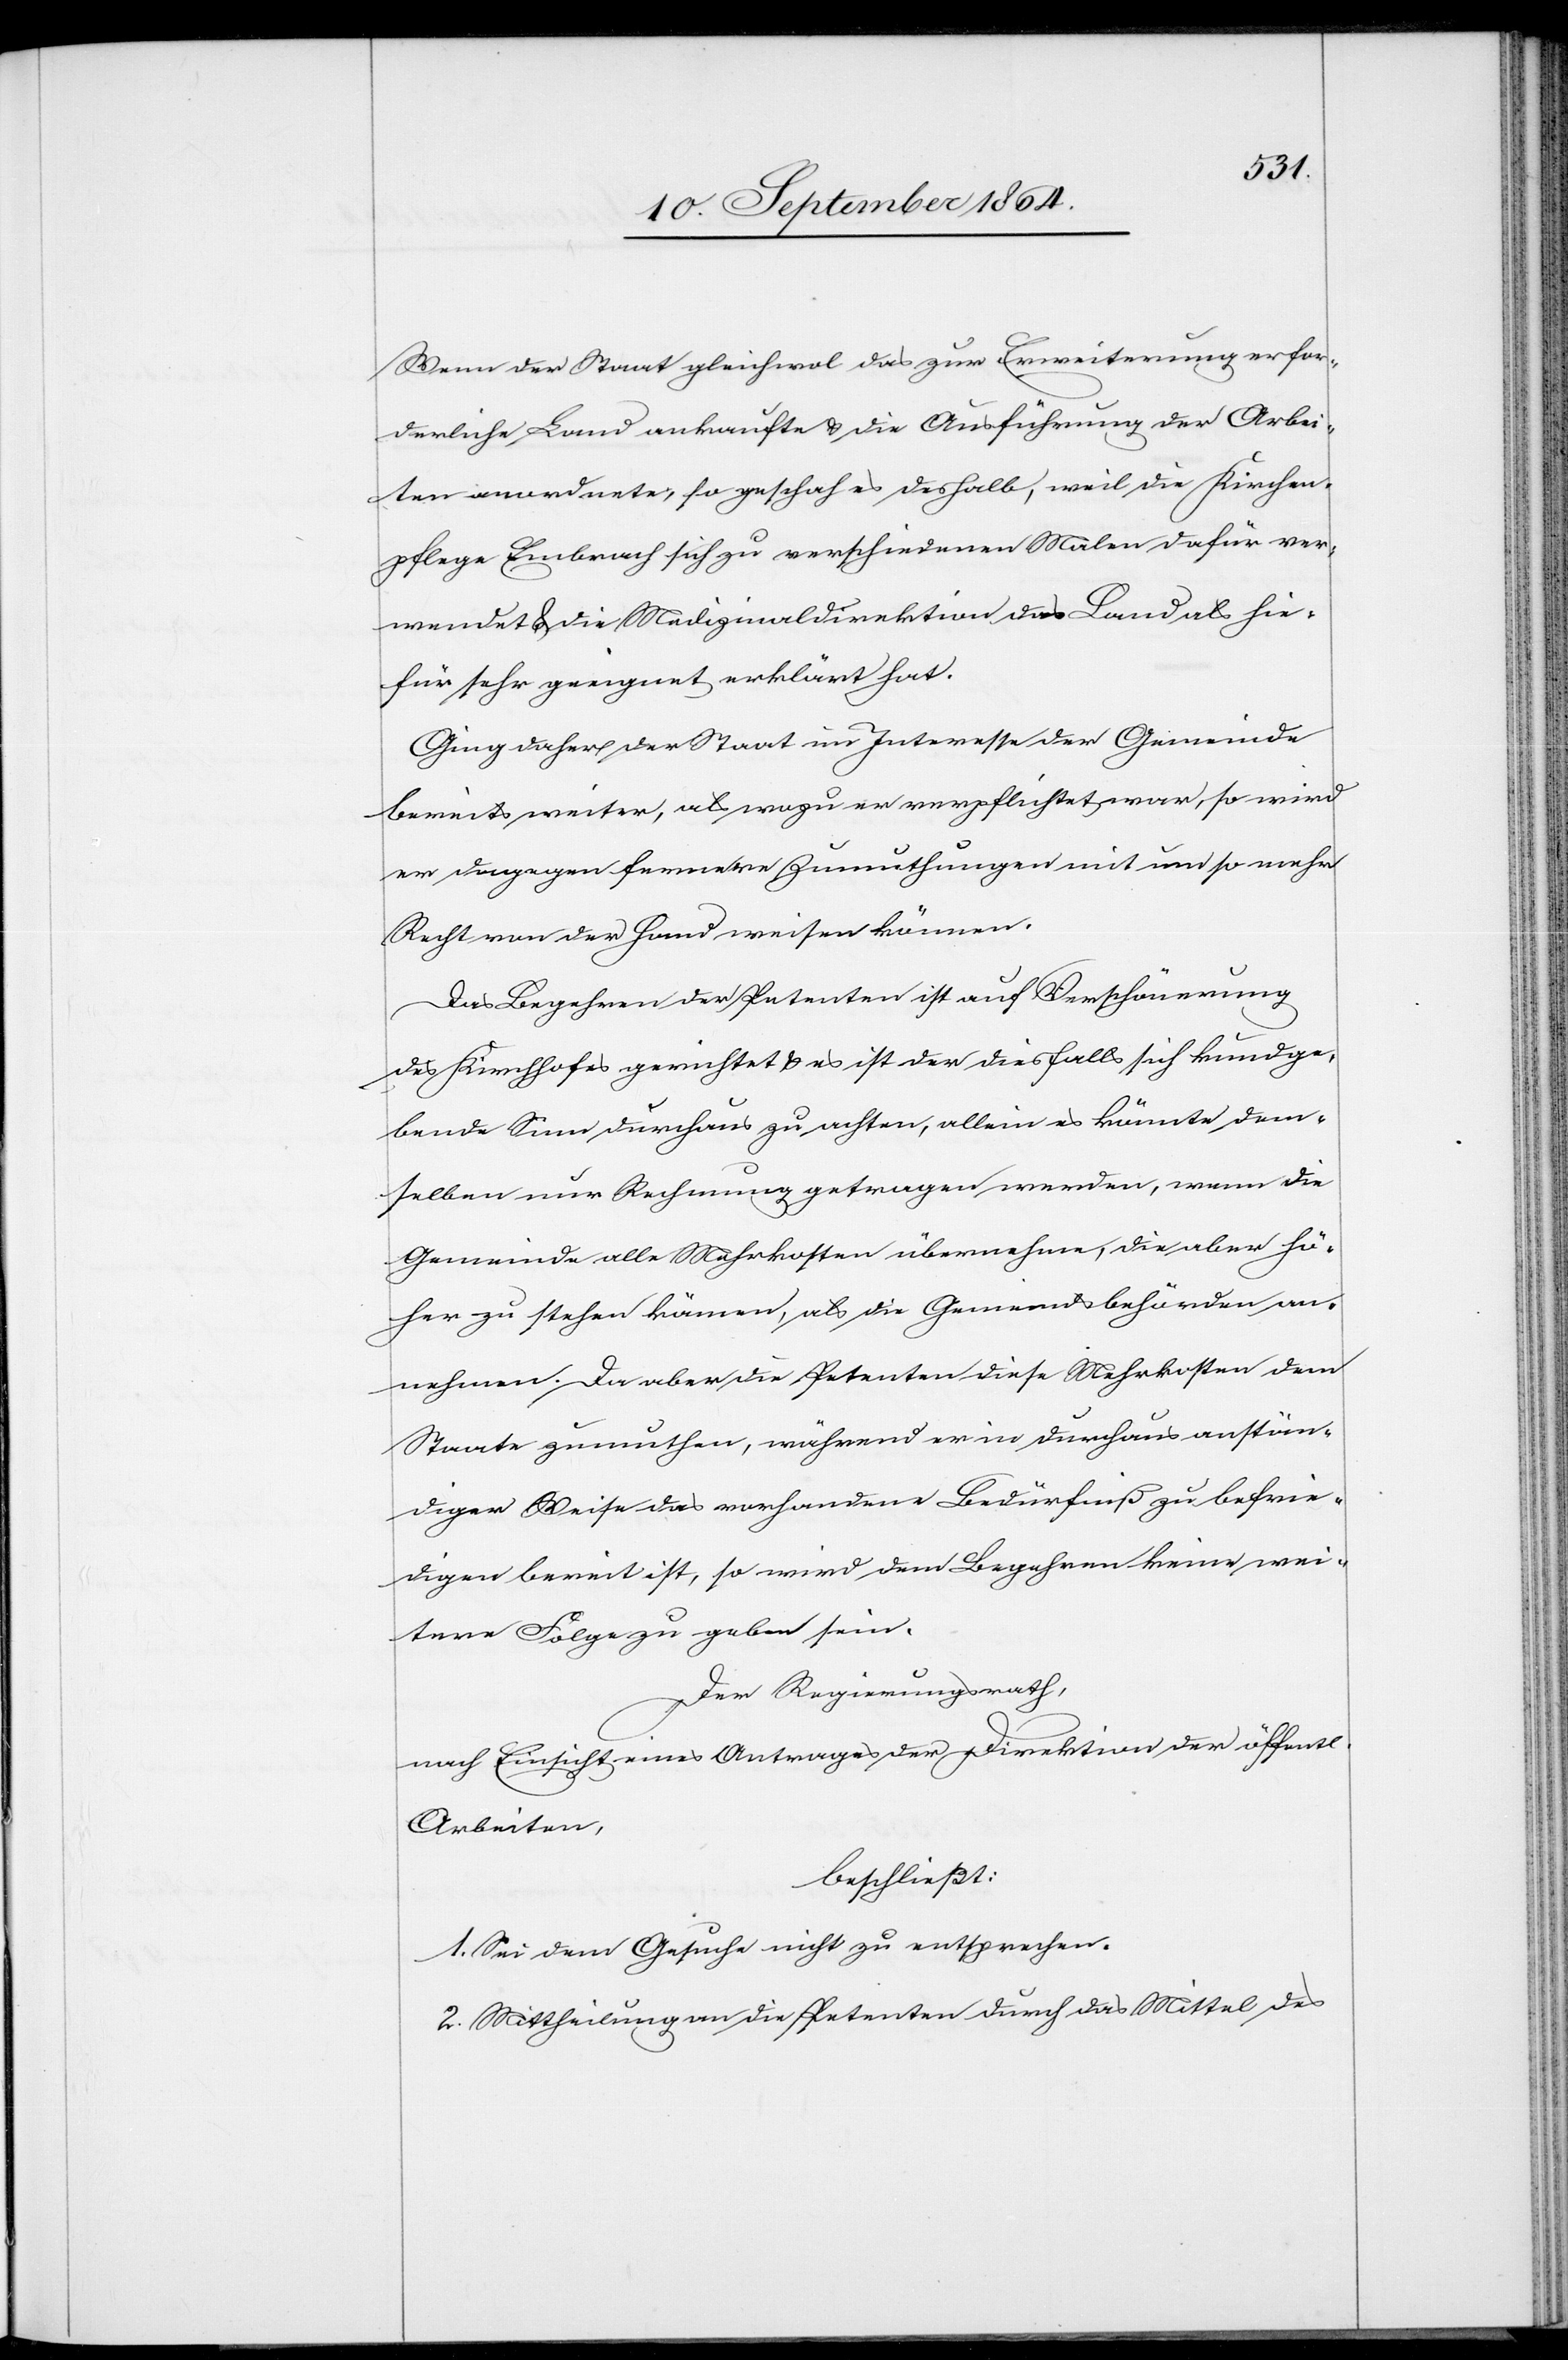
Wenn der Staat gleichwol das zur Erweiterung erfor¬
derliche Land ankaufte & die Ausführung der Arbei¬
ten anordnete, so geschah es deshalb, weil die Kirchen¬
pflege Embrach sich zu verschiedenen Malen dafür ver¬
wendet & die Medizinaldirektion das Land als hie¬
für sehr geeignet erklärt hat.
Ging daher der Staat im Interesse der Gemeinde
bereits weiter, als wozu er verpflichtet war, so wird
er dagegen fernere Zumuthungen mit um so mehr
Recht von der Hand weisen können.
Das Begehren der Petenten ist auf Verschönerung
des Kirchhofes gerichtet & es ist der diesfalls sich kundge¬
bende Sinn durchaus zu achten, allein es könnte dem¬
selben nur Rechnung getragen werden, wenn die
Gemeinde alle Mehrkosten übernehme, die aber hö¬
her zu stehen kämen, als die Gemeindsbehörden an¬
nehmen. Da aber die Petenten diese Mehrkosten dem
Staate zumuthen, während er in durchaus anstän¬
diger Weise das vorhandene Bedürfniß zu befrie¬
digen bereit ist, so wird dem Begehren keine wei¬
tere Folge zu geben sein.
Der Regierungsrath,
nach Einsicht eines Antrages der Direktion der öffentl.
Arbeiten,
beschließt:
1. Sei dem Gesuche nicht zu entsprechen.
2. Mittheilung an die Petenten durch das Mittel des